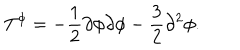
T ^ { \phi } = - \frac { 1 } { 2 } \partial \phi \partial \phi - \frac { 3 } { 2 } \partial ^ { 2 } \phi .